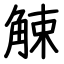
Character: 觫